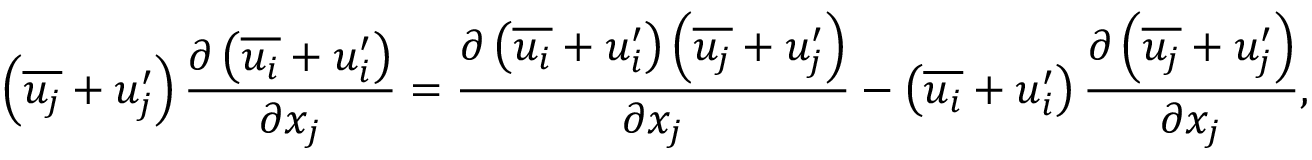
\left( { \overline { { u _ { j } } } } + u _ { j } ^ { \prime } \right) { \frac { \partial \left( { \overline { { u _ { i } } } } + u _ { i } ^ { \prime } \right) } { \partial x _ { j } } } = { \frac { \partial \left( { \overline { { u _ { i } } } } + u _ { i } ^ { \prime } \right) \left( { \overline { { u _ { j } } } } + u _ { j } ^ { \prime } \right) } { \partial x _ { j } } } - \left( { \overline { { u _ { i } } } } + u _ { i } ^ { \prime } \right) { \frac { \partial \left( { \overline { { u _ { j } } } } + u _ { j } ^ { \prime } \right) } { \partial x _ { j } } } ,